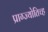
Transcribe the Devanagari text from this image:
प्राग्ज्योतिच्ह